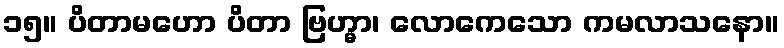
၁၅။ ပိတာမဟော ပိတာ ဗြဟ္မာ၊ လောကေသော ကမလာသနော။